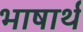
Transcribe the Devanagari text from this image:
भाषार्थ